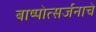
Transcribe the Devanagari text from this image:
बाष्पोत्सर्जनाचे